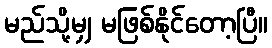
မည်သို့မျှ မဖြစ်နိုင်တော့ပြီ။